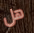
هل